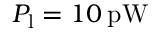
P _ { \mathrm { l } } = 1 0 \: \mathrm { { p W } }